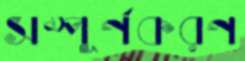
সম্পূর্ণকরণ